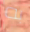
به